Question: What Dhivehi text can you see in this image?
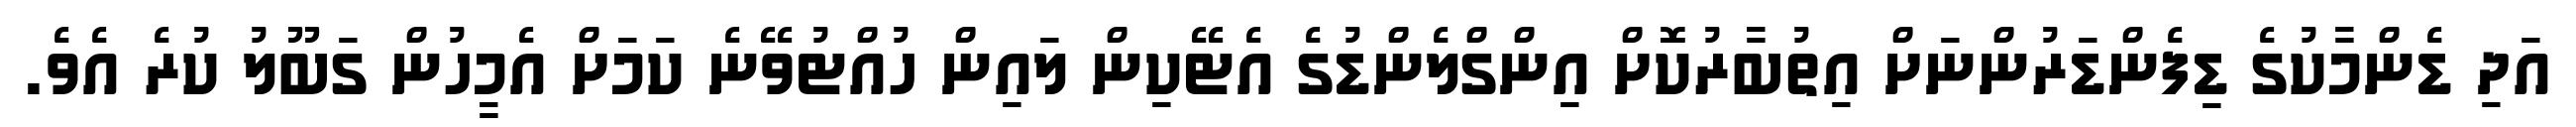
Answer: އަދި ޑެންމާކުގެ ޑިފެންޑަރުންނަށް އިތުބާރުކޮށް އިންގްލެންޑުގެ އެޓޭކިން ލައިން ހުއްޓުވޭނެ ކަމަށް އެމީހުން ގަބޫލު ކުރެ އެވެ.